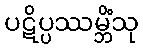
ပဋိပ္ပဿမ္ဘိံသု